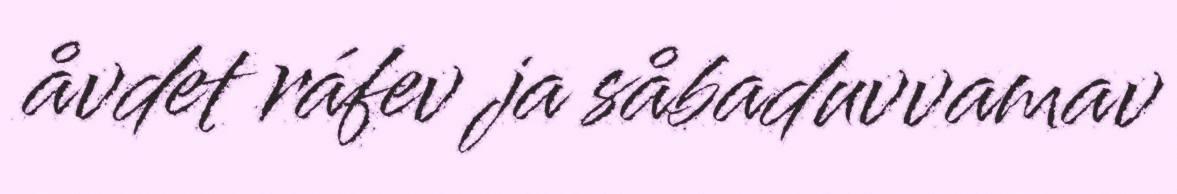
åvdet ráfev ja såbaduvvamav